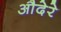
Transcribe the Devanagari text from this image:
औदेरे